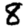
Digit: 8